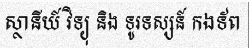
ស្ថានីយ៍ វិទ្យុ និង ទូរទស្សន៍ កងទ័ព